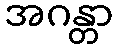
အဂန္တာ